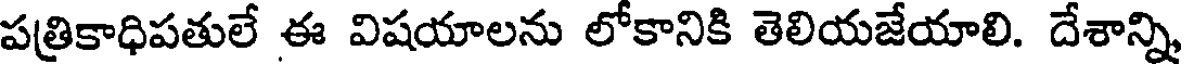
పత్రికాధిపతులే ఈ విషయాలను లోకానికి తెలియజేయాలి. దేశాన్ని